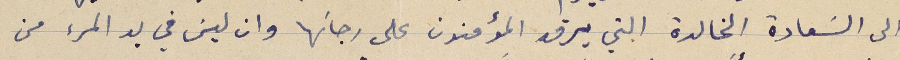
الى السَعادة الخالدة التي يرقد المؤمنون على رجائها وان ليسَ في يد المرء من